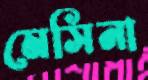
মেসিনা